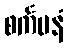
စင်္ကမနံ